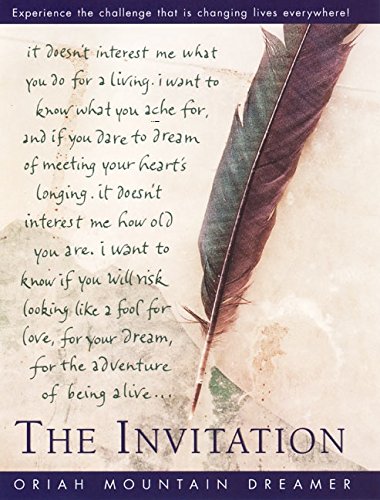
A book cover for The Invitation; Oriah; Christian Books & Bibles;